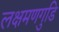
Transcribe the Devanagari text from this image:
लक्षमणगुडि